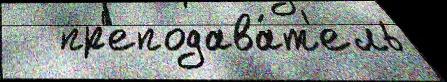
   пр'еподава́т'ель